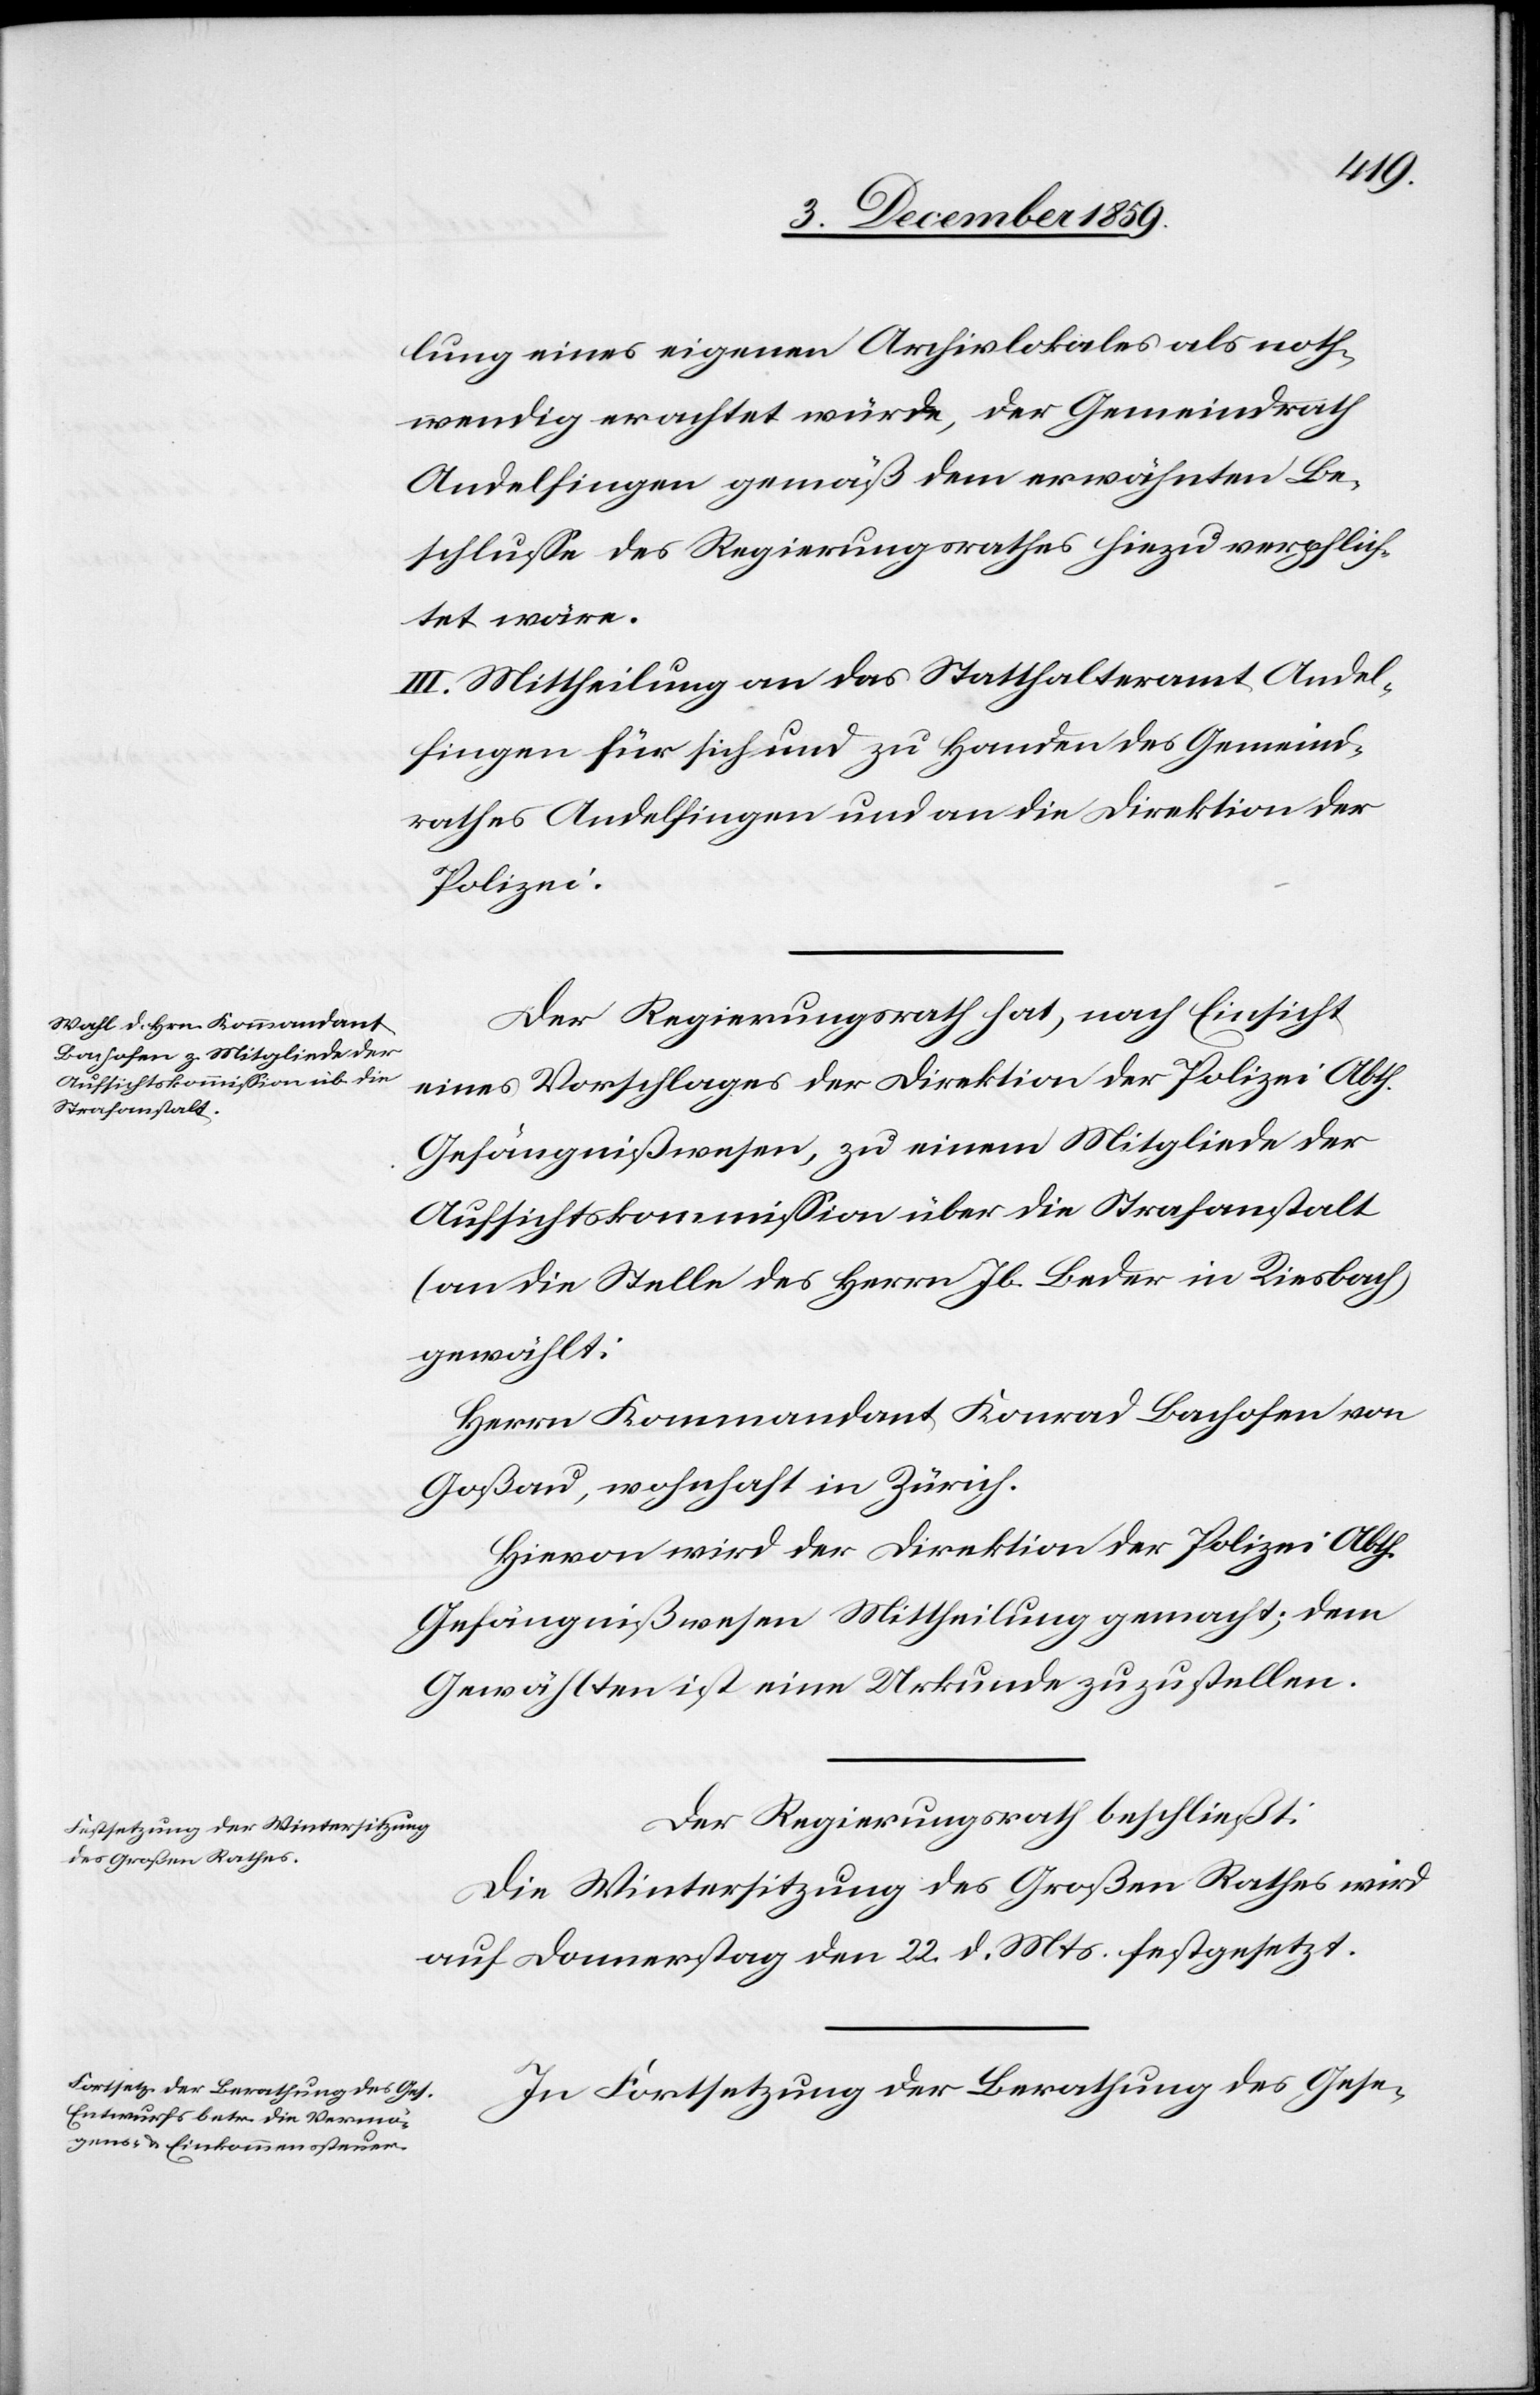
lung eines eigenen Archivlokales als noth¬
wenig erachtet würde, der Gemeindrath
Andelfingen gemäß dem erwähnten Be¬
schlusse des Regierungsrathes hiezu verpflich¬
tet wäre.
III. Mittheilung an das Statthalteramt Andel¬
fingen für sich und zu Handen des Gemeind¬
rathes Andelfingen und an die Direktion der
Polizei.
Der Regierungsrath hat, nach Einsicht
eines Vorschlages der Direktion der Polizei Abth.
Gefängnißwesen, zu einem Mitgliede der
Aufsichtskommission über die Strafanstalt
(An der Stelle des Herrn Jb. Beder in Riesbach,
Herrn Kommandant Konrad Bachofen von
Goßau, wohnhaft in Zürich.
Hievon wird der Direktion der Polizei Abth.
Gefängnißwesen Mittheilung gemacht; dem
Der Regierungsrath beschließt:
Die Wintersitzung des Großen Rathes wird
auf Donnerstag den 22. d. Mts. festgesetzt.
In Fortsetzung der Berathung des Gese-